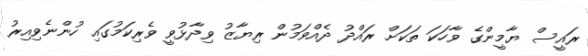
ރައީސް ޔާމީންގެ ވާހަކަ ތަކަށް ރައްދު ދެއްވަމުން ރިޔާޒު ވިދާޅުވީ ވެރިކަމުގައި ހުންނެވިއިރު